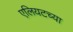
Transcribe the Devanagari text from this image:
एलियटच्या